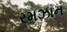
રમઝાન